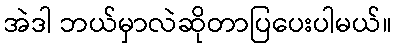
အဲဒါ ဘယ်မှာလဲဆိုတာပြပေးပါမယ်။